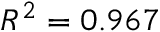
R ^ { 2 } = 0 . 9 6 7